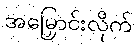
အမြှောင်းလိုက်